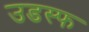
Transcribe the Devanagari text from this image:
उडस्फ